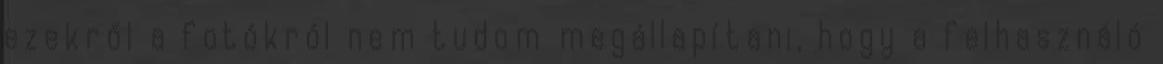
ezekről a fotókról nem tudom megállapítani, hogy a felhasználó